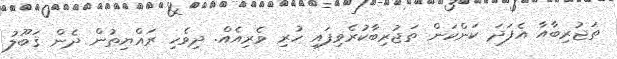
ތަޖުރިބާއާ އެފަދަ ކަންކަން ތަޖުރިބާކުރެވިފައި ހުރި ވެރިއެއް. ދިވެހި ރައްޔިތުން ދެން ޤަބޫލު